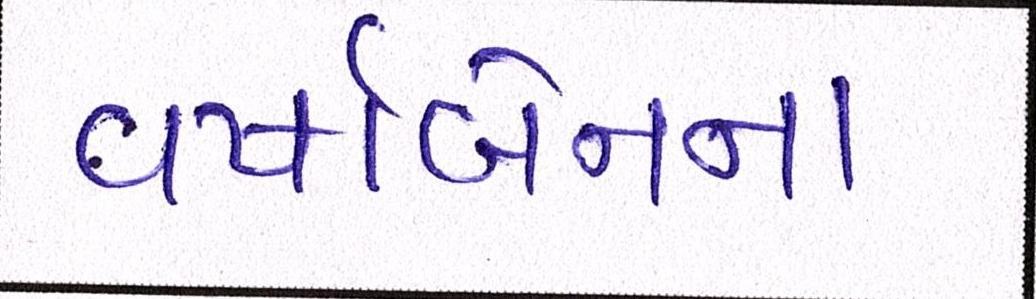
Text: વષાર્બેનના